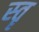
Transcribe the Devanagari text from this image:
स्‍तॄ